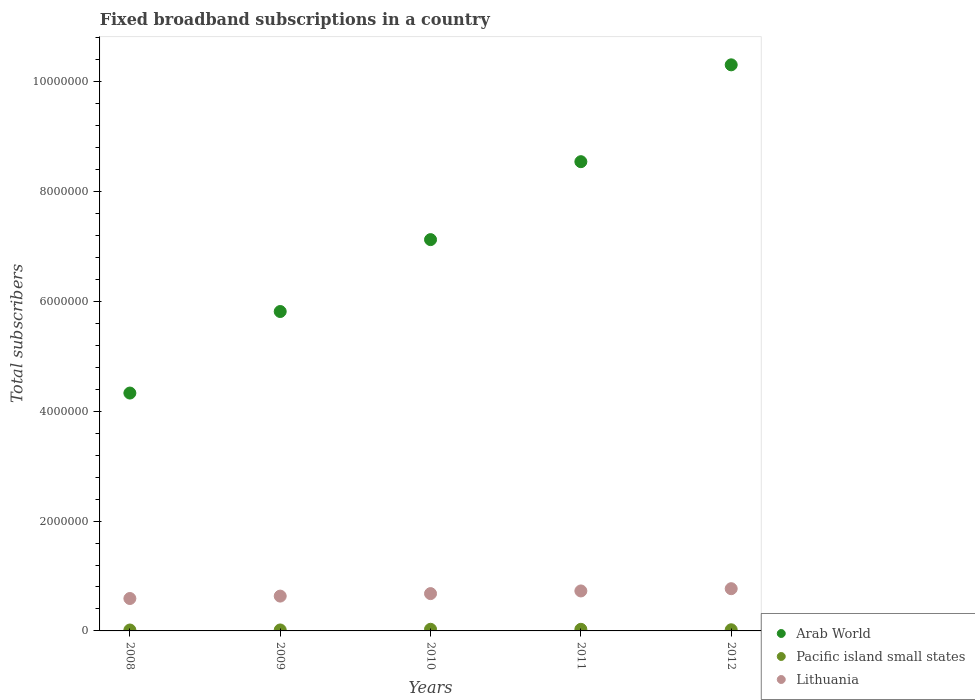
| Years | Arab World | Pacific island small states | Lithuania |
 | --- | --- | --- | --- |
 | 2008 | 4.33e+06 | 1.67e+04 | 5.9e+05 |
 | 2009 | 5.81e+06 | 1.75e+04 | 6.34e+05 |
 | 2010 | 7.12e+06 | 2.99e+04 | 6.79e+05 |
 | 2011 | 8.54e+06 | 2.92e+04 | 7.28e+05 |
 | 2012 | 1.03e+07 | 2.1e+04 | 7.69e+05 |